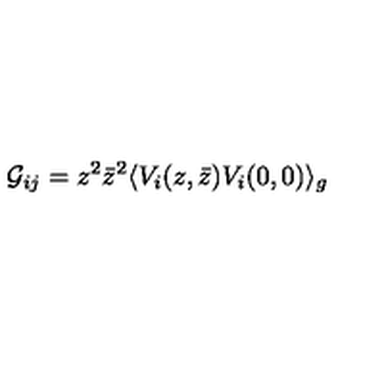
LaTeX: { \cal G } _ { i j } = z ^ { 2 } { \bar { z } } ^ { 2 } \langle V _ { i } ( z , { \bar { z } } ) V _ { i } ( 0 , 0 ) \rangle _ { g }